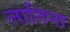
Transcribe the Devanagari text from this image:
लातिना